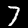
Label: 7